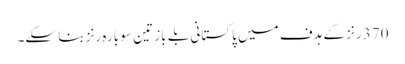
370 رنز کے ہدف میں پاکستانی بلے باز تین سو بارہ رنز بنا سکے۔